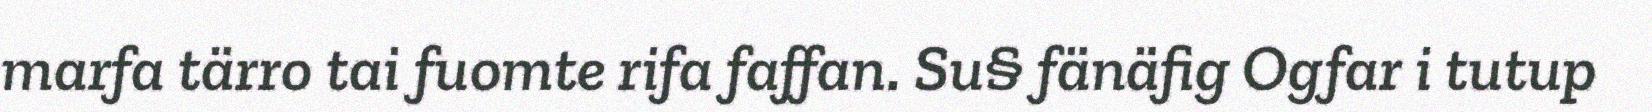
marfa tärro tai fuomte rifa faffan. Su§ fänäfig Ogfar i tutup